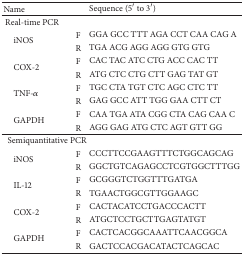
| Name |  | Sequence (5′ to 3′) |
 | --- | --- | --- |
 | <COLSPAN=3> Real-time PCR |
 | <ROWSPAN=2> iNOS | F | GGA GCC TTT AGA CCT CAA CAG A |
 | R | TGA ACG AGG AGG GTG GTG |
 | <ROWSPAN=2> COX-2 | F | CAC TAC ATC CTG ACC CAC TT |
 | R | ATG CTC CTG CTT GAG TAT GT |
 | <ROWSPAN=2> TNF-α | F | TGC CTA TGT CTC AGC CTC TT |
 | R | GAG GCC ATT TGG GAA CTT CT |
 | <ROWSPAN=2> GAPDH | F | CAA TGA ATA CGG CTA CAG CAA C |
 | R | AGG GAG ATG CTC AGT GTT GG |
 | <COLSPAN=3> Semiquantitative PCR |
 | <ROWSPAN=2> iNOS | F | CCCTTCCGAAGTTTCTGGCAGCAG |
 | R | GGCTGTCAGAGCCTCGTGGCTTTGG |
 | <ROWSPAN=2> IL-12 | F | GCGGGTCTGGTTTGATGA |
 | R | TGAACTGGCGTTGGAAGC |
 | <ROWSPAN=2> COX-2 | F | CACTACATCCTGACCCACTT |
 | R | ATGCTCCTGCTTGAGTATGT |
 | <ROWSPAN=2> GAPDH | F | CACTCACGGCAAATTCAACGGCA |
 | R | GACTCCACGACATACTCAGCAC |